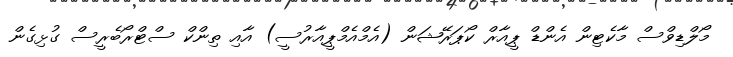
މޯލްޑިވްސް މާކެޓިން އެންޑް ޕީއާރް ކޯޕަރޭޝަން (އެމްއެމްޕީއާރުސީ) އާއި ތިންކް ސްޓްރޯބެރީސް ގުޅިގެން